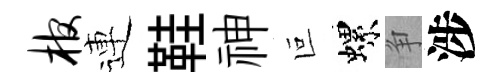
棺連鞋神叵螺争涉